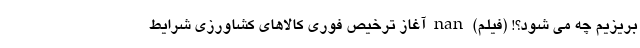
بریزیم چه می شود؟! (فیلم) nan آغاز ترخیص فوری کالاهای کشاورزی شرایط